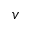
v